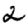
Digit: 2